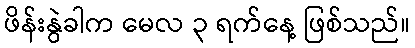
ဖိန်းနွဲခါက မေလ ၃ ရက်နေ့ ဖြစ်သည်။